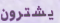
يشترون